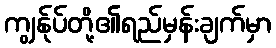
ကျွန်ုပ်တို့၏ရည်မှန်းချက်မှာ